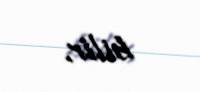
bilir.